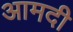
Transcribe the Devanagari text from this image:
आमदी